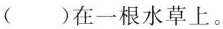
()在一根水草上。